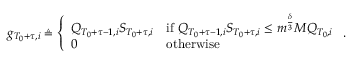
\begin{array} { r } { g _ { T _ { 0 } + \tau , i } \triangleq \left\{ \begin{array} { l l } { Q _ { T _ { 0 } + \tau - 1 , i } S _ { T _ { 0 } + \tau , i } } & { \mathrm { i f ~ } Q _ { T _ { 0 } + \tau - 1 , i } S _ { T _ { 0 } + \tau , i } \le m ^ { \frac \delta 3 } M Q _ { T _ { 0 } , i } } \\ { 0 } & { \mathrm { o t h e r w i s e } } \end{array} \right. . } \end{array}